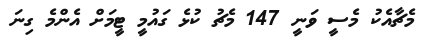
މެޗާއެކު މެސީ ވަނީ 147 މެޗު ކުޅެ ގައުމީ ޓީމަށް އެންމެ ގިނަ